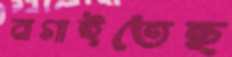
বাগাইতেছ